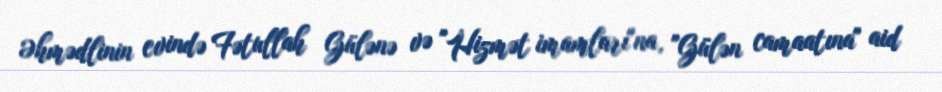
Əhmədlinin evində Fətullah Gülənə və "Hizmət imamları"na, "Gülən camaatına" aid